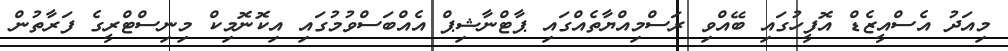
މިއަދު އެސްއީޒެޑް އޮފީހުގައި ބޭއްވި ރަސްމިއްޔާތެއްގައި ޕާޓްނާޝިޕް އެއްބަސްވުމުގައި އިކޮނޮމިކް މިނިސްޓްރީގެ ފަރާތުން